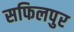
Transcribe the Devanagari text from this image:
सफिलपुर